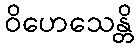
ဝိဟေသေန္တိ